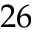
2 6